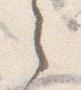
之